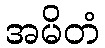
အမိတံ